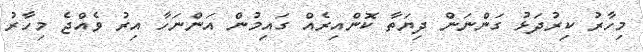
މިހާރު ކިރުދަޅު ގަންނަން ދިޔަތާ ކޮންއިރެއް ގައިމުން އަންނަހާ އިރު ވެއްޖެ މިހާރު